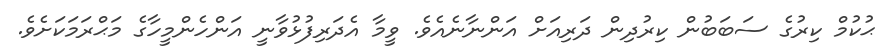
ޙުކުމް ކިރުގެ ސަބަބުން ކިރުދިން ދަރިއަށް އަންނާނެއެވެ. ވީމާ އެދަރިފުޅުވާނީ އަންހެންމީހާގެ މަޙްރަމަކަށެވެ.